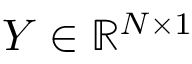
\boldsymbol { Y } \in \mathbb { R } ^ { N \times 1 }